Madras plague regulations and rules for district municipalities and other towns and villages
Disease focus: Plague
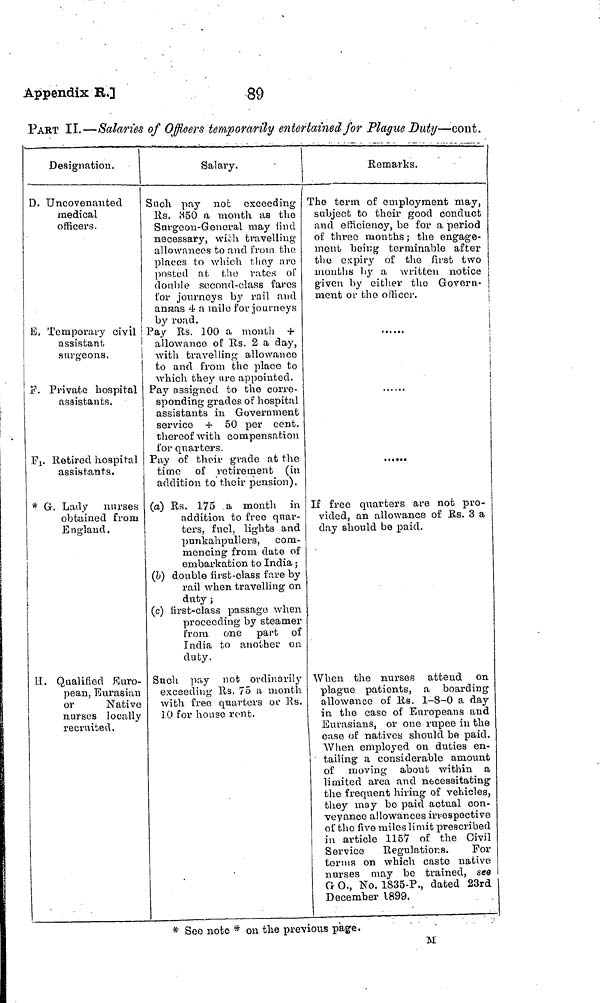
Appendix
R.]
89
PART II.—Salaries of Officers temporarily entertained for Plague Duty—cont.
Designation.
D. Uncovenanted
medical
officers.
E, Temporary civil
assistant
surgeons.
F. Private hospital
assistants.
F1.. Retired hospital
assistants.
* G. Lady nurses
obtained from
England.
H. Qualified Euro-
pean, Eurasian
or
Native
nurses locally
recruited.
Salary.
Such pay not exceeding
Rs. 350 a month as the
Surgeon-General may find
necessary, wich travelling
allowances to and from the
places lo which they are
posted at the rates of
double second-class faros
for journeys by rail and
annas 4 a mileo for journeys
by road.
Pay Rs. 100 a month +
allowance of Rs. 2 a day,
with travelling allowance
to and from the place to
which they are appointed.
Pay assigned to the corre-
sponding grades of hospital
assistants in Government
service + 50 per cent.
thereof with compensation
for quarters.
Pay of their grade at the
time of retirement (in
addition to their pension).
(a) Rs. 175 a month in
addition to free quar-
ters, fuel, lights and
punkahpullers,
com-
mencing from date of
embarkation to India ;
(b) double first-class fare by
rail when travelling on
duty ;
(c) first-class passage when
proceeding by steamer
from one part of
India to another on
duty.
Such pay not ordinarily
exceeding Rs. 75 a month
with free quarters or Rs.
10 for house vont.
Remarks.
The term of employment may,
subject to their good conduct
and efficiency, be for a period
of three months ; the engage-
ment being terminable after 1
the expiry of the firafc two j
months }>y a Avritten notice
given by either the Govern-
ment or the officer.
j
j
j
j
i
j
i
j
......
If free quarters are not pro-
vided, an allowance of Rs. 3 a
day should be paid.
When the nurses attend on
plague patients, a boarding
allowance of Rs. 1-8-0 a day
in the case of Europeans and
Eurasians, or one rupee in the
case of natives should be paid.
When employed on duties en-
tailing a considerable amount
of moving about within a
limited area and necessitating
the frequent hiring of vehicles,
they may be paid actual con-
veyance allowances irrespective
of the five miles limit prescribed
in article 1157 of the Civil
Service Regulations.
For
terms on which caste native
nurses may be trained, see
G O., No. 1835-P., dated 23rd
December 1899.
* See note * on the previous page.
M